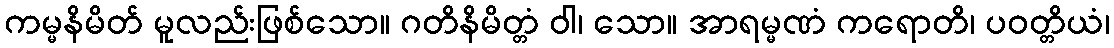
ကမ္မနိမိတ် မူလည်းဖြစ်သော။ ဂတိနိမိတ္တံ ဝါ၊ သော။ အာရမ္မဏံ ကရောတိ၊ ပဝတ္တိယံ၊